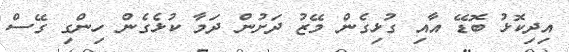
އިދިކޮޅު ބޮޑޭ އާއި ގުޅިގެން މޭޒު ދަށުން ދަމާ ކުޅެގެން ހިންގި ގޭސް